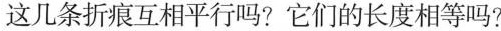
这几条折痕互相平行吗？它们的长度相等吗？